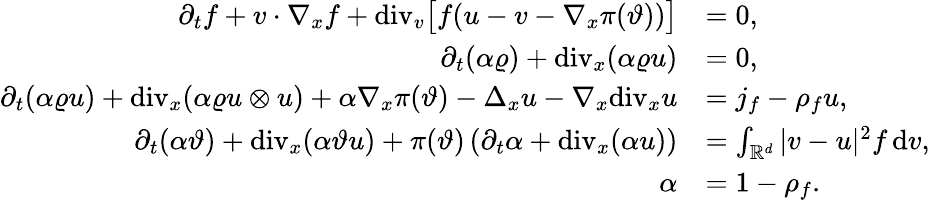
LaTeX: \begin{array}{rl}{\partial_{t}f+v\cdot\nabla_{x}f+\mathrm{div}_{v}\big[f(u-v-\nabla_{x}\pi(\vartheta))\big]}&{=0,}\\ {\partial_{t}(\alpha\varrho)+\mathrm{div}_{x}(\alpha\varrho u)}&{=0,}\\ {\partial_{t}(\alpha\varrho u)+\mathrm{div}_{x}(\alpha\varrho u\otimes u)+\alpha\nabla_{x}\pi(\vartheta)-\Delta_{x}u-\nabla_{x}\mathrm{div}_{x}u}&{=j_{f}-\rho_{f}u,}\\ {\partial_{t}(\alpha\vartheta)+\mathrm{div}_{x}(\alpha\vartheta u)+\pi(\vartheta)\left(\partial_{t}\alpha+\mathrm{div}_{x}(\alpha u)\right)}&{=\int_{\mathbb R^{d}}\vert v-u\vert^{2}f\, \mathrm{d}v,}\\ {\alpha}&{=1-\rho_{f}.}\end{array}